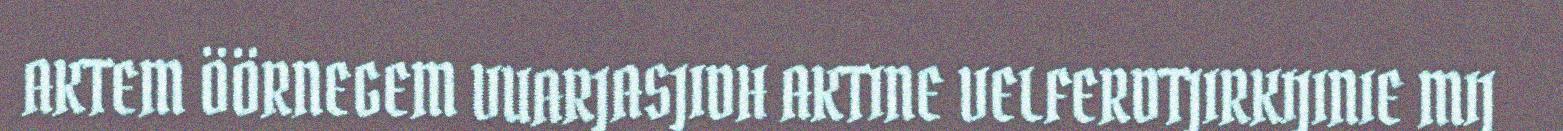
AKTEM ÖÖRNEGEM VUARJASJIDH AKTINE VELFERDTJIRKIJINIE MIJ